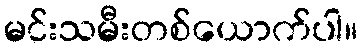
မင်းသမီးတစ်ယောက်ပါ။